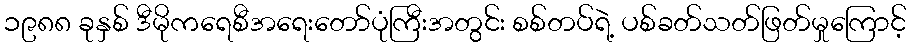
၁၉၈၈ ခုနှစ် ဒီမိုကရေစီအရေးတော်ပုံကြီးအတွင်း စစ်တပ်ရဲ့ ပစ်ခတ်သတ်ဖြတ်မှုကြောင့်